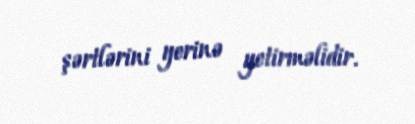
şərtlərini yerinə yetirməlidir.